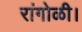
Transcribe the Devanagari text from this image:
रांगोळी।